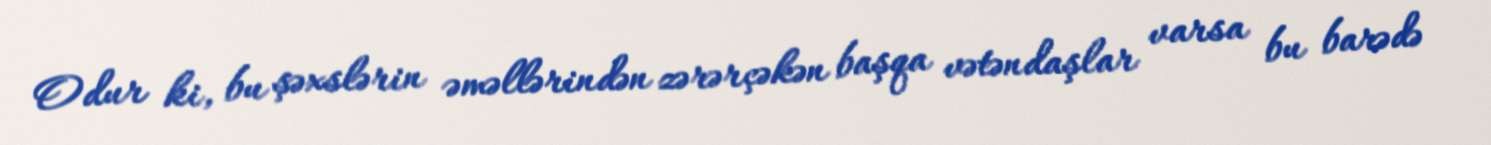
Odur ki, bu şəxslərin əməllərindən zərərçəkən başqa vətəndaşlar varsa bu barədə